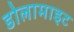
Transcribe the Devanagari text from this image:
डोलामाइट